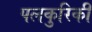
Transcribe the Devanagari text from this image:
पलकुरिकी